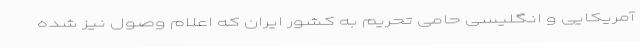
آمریکایی و انگلیسی حامی تحریم به کشور ایران که اعلام وصول نیز شده